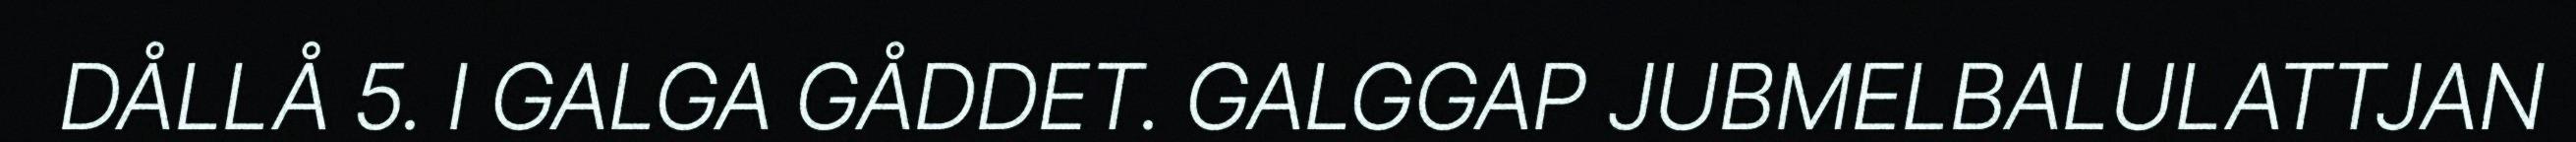
DÅLLÅ 5. I GALGA GÅDDET. GALGGAP JUBMELBALULATTJAN